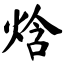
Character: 焓